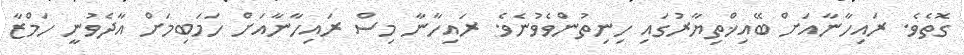
ގޮތެވެ. ރައިހާނާއަށް ބޭއިޚްތިޔާރުގައި ހިނިތުންވެވުނެވެ. ރައިހާނާ މިސް ރައިހާނާއަށް ހަމަބިމަށް އާދެވުނީ ހަމްޒާ